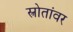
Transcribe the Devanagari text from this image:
स्त्रोतांवर